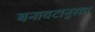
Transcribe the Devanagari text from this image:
बनावटानुसार